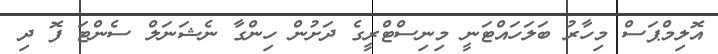
އޮލިމްޕަސް މިހާރު ބަލަހައްޓަނީ މިނިސްޓްރީގެ ދަށުން ހިންގާ ނެޝަނަލް ސެންޓަ ފޮ ދި